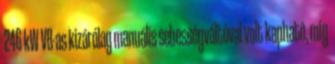
246 kW V8-as kizárólag manuális sebességváltóval volt kapható, míg